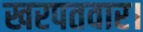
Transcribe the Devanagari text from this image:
खरपतवार।